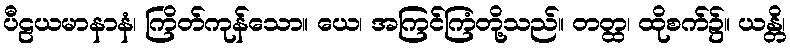
ပီဠယမာနာနံ၊ ကြိတ်ကုန်သော။ ယေ၊ အကြင်ကြံတို့သည်။ တတ္ထ၊ ထိုစက်၌။ ယန္တိ၊